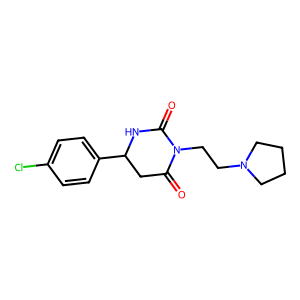
SMILES: O=C1CC(c2ccc(Cl)cc2)NC(=O)N1CCN1CCCC1
Inhibits HIV replication: No